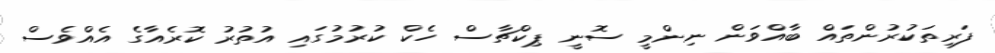
ފަރިތަކުރުންތައް ބާއްވަން ނިންމީ ސޮނީ ޕިކްޗާސް ހެކް ކުރުމުގައި އުތުރު ކޮރެއާގެ އެއްވެސް